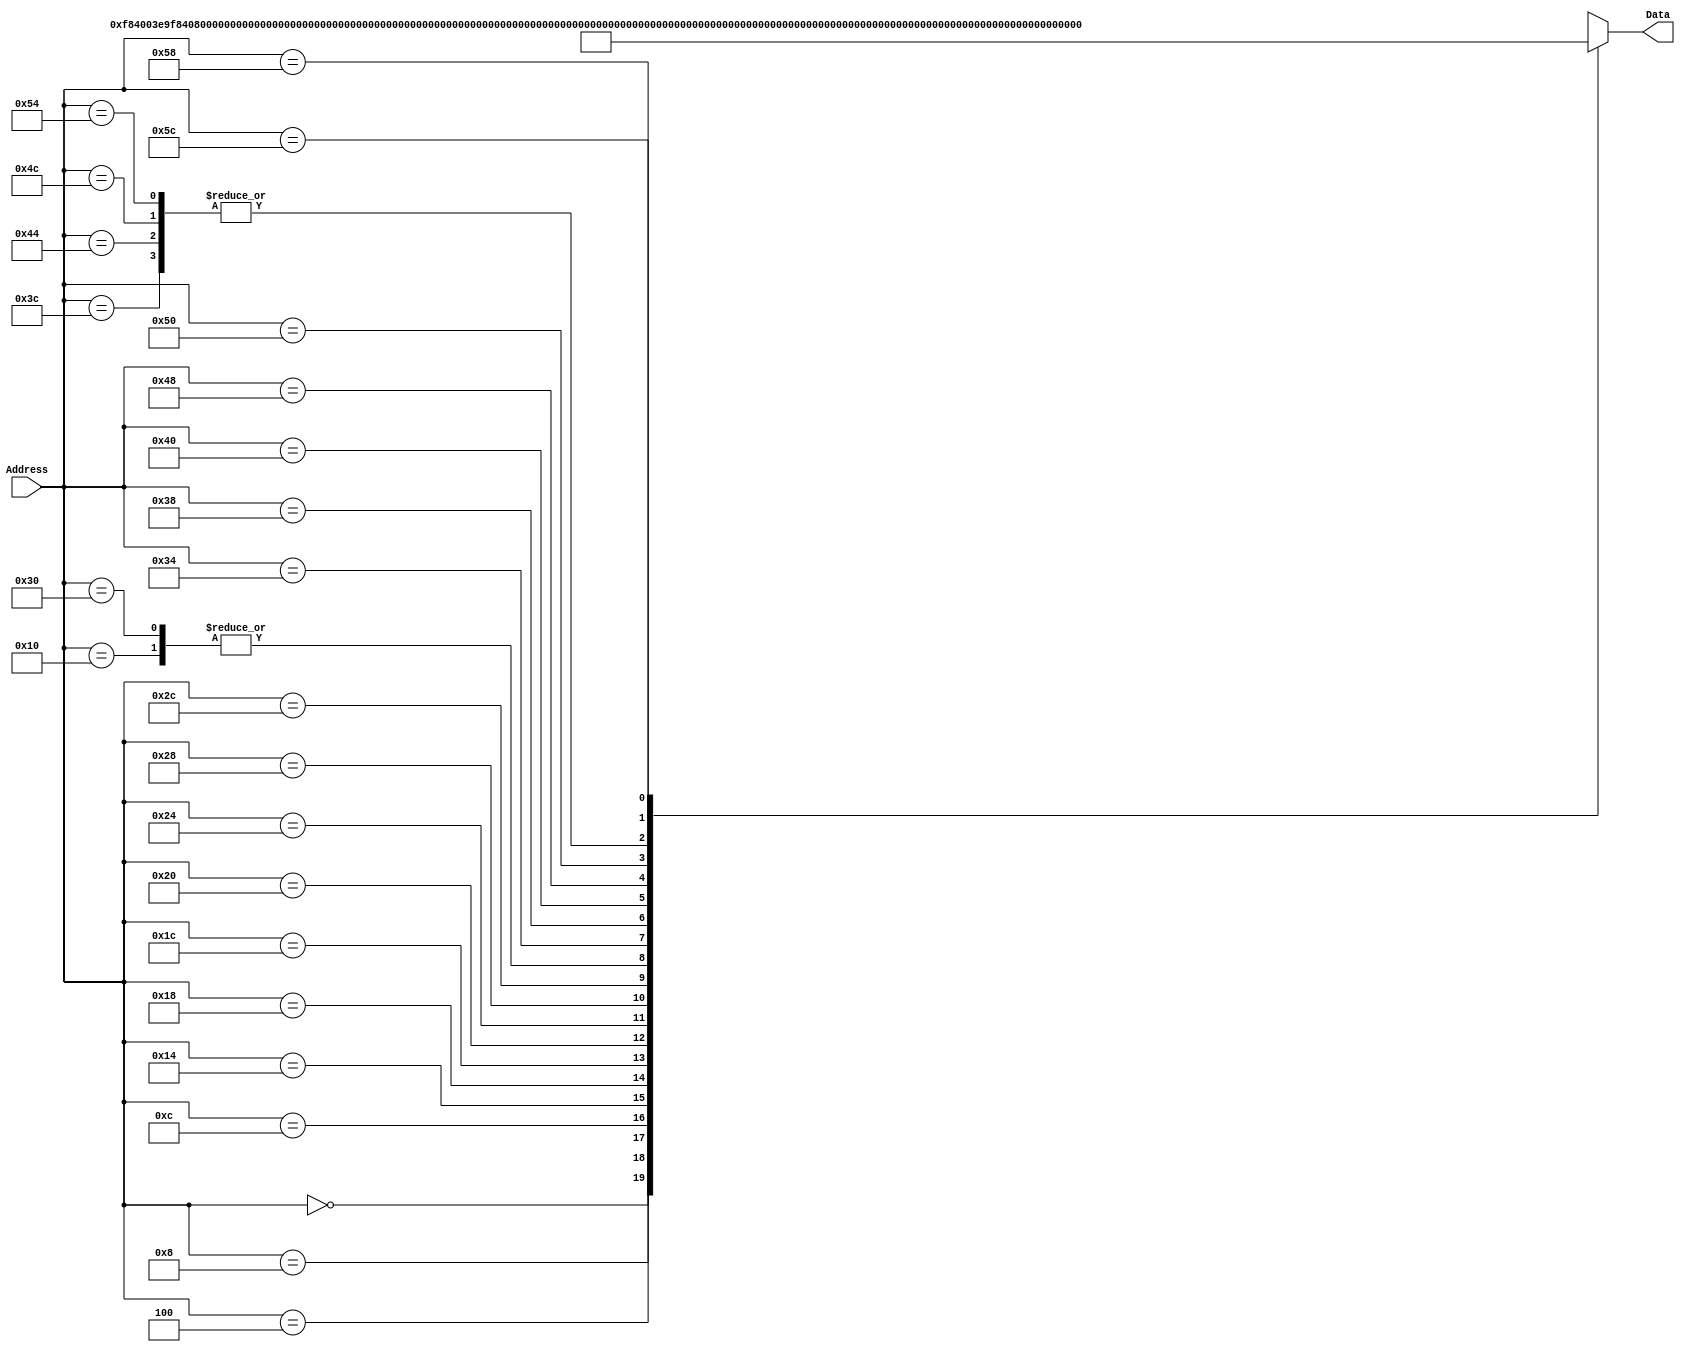
`timescale 1ns / 1ps
/*
 * Module: InstructionMemory
 *
 * Implements read-only instruction memory
 * 
 */
module InstructionMemory(Data, Address);
   parameter T_rd = 20;
   parameter MemSize = 40;
   
   output [31:0] Data;
   input [63:0]  Address;
   reg [31:0] 	 Data;
   
   /*
    * ECEN 350 Processor Test Functions
    * Texas A&M University
    */
   
   always @ (Address) begin

      case(Address)

	/* Test Program 1:
	 * Program loads constants from the data memory. Uses these constants to test
	 * the following instructions: LDUR, ORR, AND, CBZ, ADD, SUB, STUR and B.
	 * 
	 * Assembly code for test:
	 * 
	 * 0: LDUR X9, [XZR, 0x0]    //Load 1 into x9
	 * 4: LDUR X10, [XZR, 0x8]   //Load a into x10
	 * 8: LDUR X11, [XZR, 0x10]  //Load 5 into x11
	 * C: LDUR X12, [XZR, 0x18]  //Load big constant into x12
	 * 10: LDUR X13, [XZR, 0x20]  //load a 0 into X13
	 * 
	 * 14: ORR X10, X10, X11  //Create mask of 0xf
	 * 18: AND X12, X12, X10  //Mask off low order bits of big constant
	 * 
	 * loop:
	 * 1C: CBZ X12, end  //while X12 is not 0
	 * 20: ADD X13, X13, X9  //Increment counter in X13
	 * 24: SUB X12, X12, X9  //Decrement remainder of big constant in X12
	 * 28: B loop  //Repeat till X12 is 0
	 * 2C: STUR X13, [XZR, 0x20]  //store back the counter value into the memory location 0x20
	 */
	

	63'h000: Data = 32'hF84003E9;
	63'h004: Data = 32'hF84083EA;
	63'h008: Data = 32'hF84103EB;
	63'h00c: Data = 32'hF84183EC;
	63'h010: Data = 32'hF84203ED;
	63'h014: Data = 32'hAA0B014A;
	63'h018: Data = 32'h8A0A018C;
	63'h01c: Data = 32'hB400008C;
	63'h020: Data = 32'h8B0901AD;
	63'h024: Data = 32'hCB09018C;
	63'h028: Data = 32'h17FFFFFD;
	63'h02c: Data = 32'hF80203ED;
	63'h030: Data = 32'hF84203ED;  //One last load to place stored value on memdbus for test checking.

	/* Add code for your tests here */

	/* Test Program 2:
	 * Program constructs the constant 0x123456789ABCDEF0 in register X9. 
	 * Stores that immediate value to memory at address 0x28
	 * Loads that value back in to X10
	 * Uses this constant to test MOVZ
	 * 
	 * Pseudocode for test:
	 * 34: SUB X9, X9, X9, where X9 already has 0x1 stored there
	 * 38: MOVZ 0xDEF0 (LSL 0) into a temp register (regA)
	 * 3c: ADD X9, regA, X9
	 * 40: MOVZ 0x9ABC (LSL 16) into regA
	 * 44: ADD X9, regA, X9
	 * 48: MOVZ 0x5678 (LSL 32) into regA
	 * 4c: ADD X9, regA, X9
	 * 50: MOVZ 0x1234 (LSL 48) into regA
	 * 54: ADD X9, regA, X9
	 * 58: STUR X9, [XZR, 0x28]
	 * 5c: LDUR X10, [XZR, 0x28]
	 *
	 * Note: X0 is our chosen temporary register
	 */

	// Go from h'30 to h'5c so that test file does not throw error for addresses
	63'h034: Data = 32'b11001011000010010000000100101001; // SUB X9, X9, X9
	63'h038: Data = 32'b11010010100110111101111000000000; // MOVZ 0xDEF0 (LSL 0) into a temp register (X0)
	63'h03c: Data = 32'b10001011000010010000000000001001; // ADD X9, X0, X9
	63'h040: Data = 32'b11010010101100110101011110000000; // MOVZ 0x9ABC (LSL 16) into X0
	63'h044: Data = 32'b10001011000010010000000000001001; // ADD X9, X0, X9
	63'h048: Data = 32'b11010010110010101100111100000000; // MOVZ 0x5678 (LSL 32) into X0
	63'h04c: Data = 32'b10001011000010010000000000001001; // ADD X9, X0, X9
	63'h050: Data = 32'b11010010111000100100011010000000; // MOVZ 0x1234 (LSL 48) into X0
	63'h054: Data = 32'b10001011000010010000000000001001; // ADD X9, X0, X9
	63'h058: Data = 32'b11111000000000011100001111101001; // STUR X9, [XZR, 0x28]
	63'h05c: Data = 32'b11111000010000011100001111101001; // LDUR X10, [XZR, 0x28]
	
	default: Data = 32'hXXXXXXXX;

      endcase
   end
endmodule